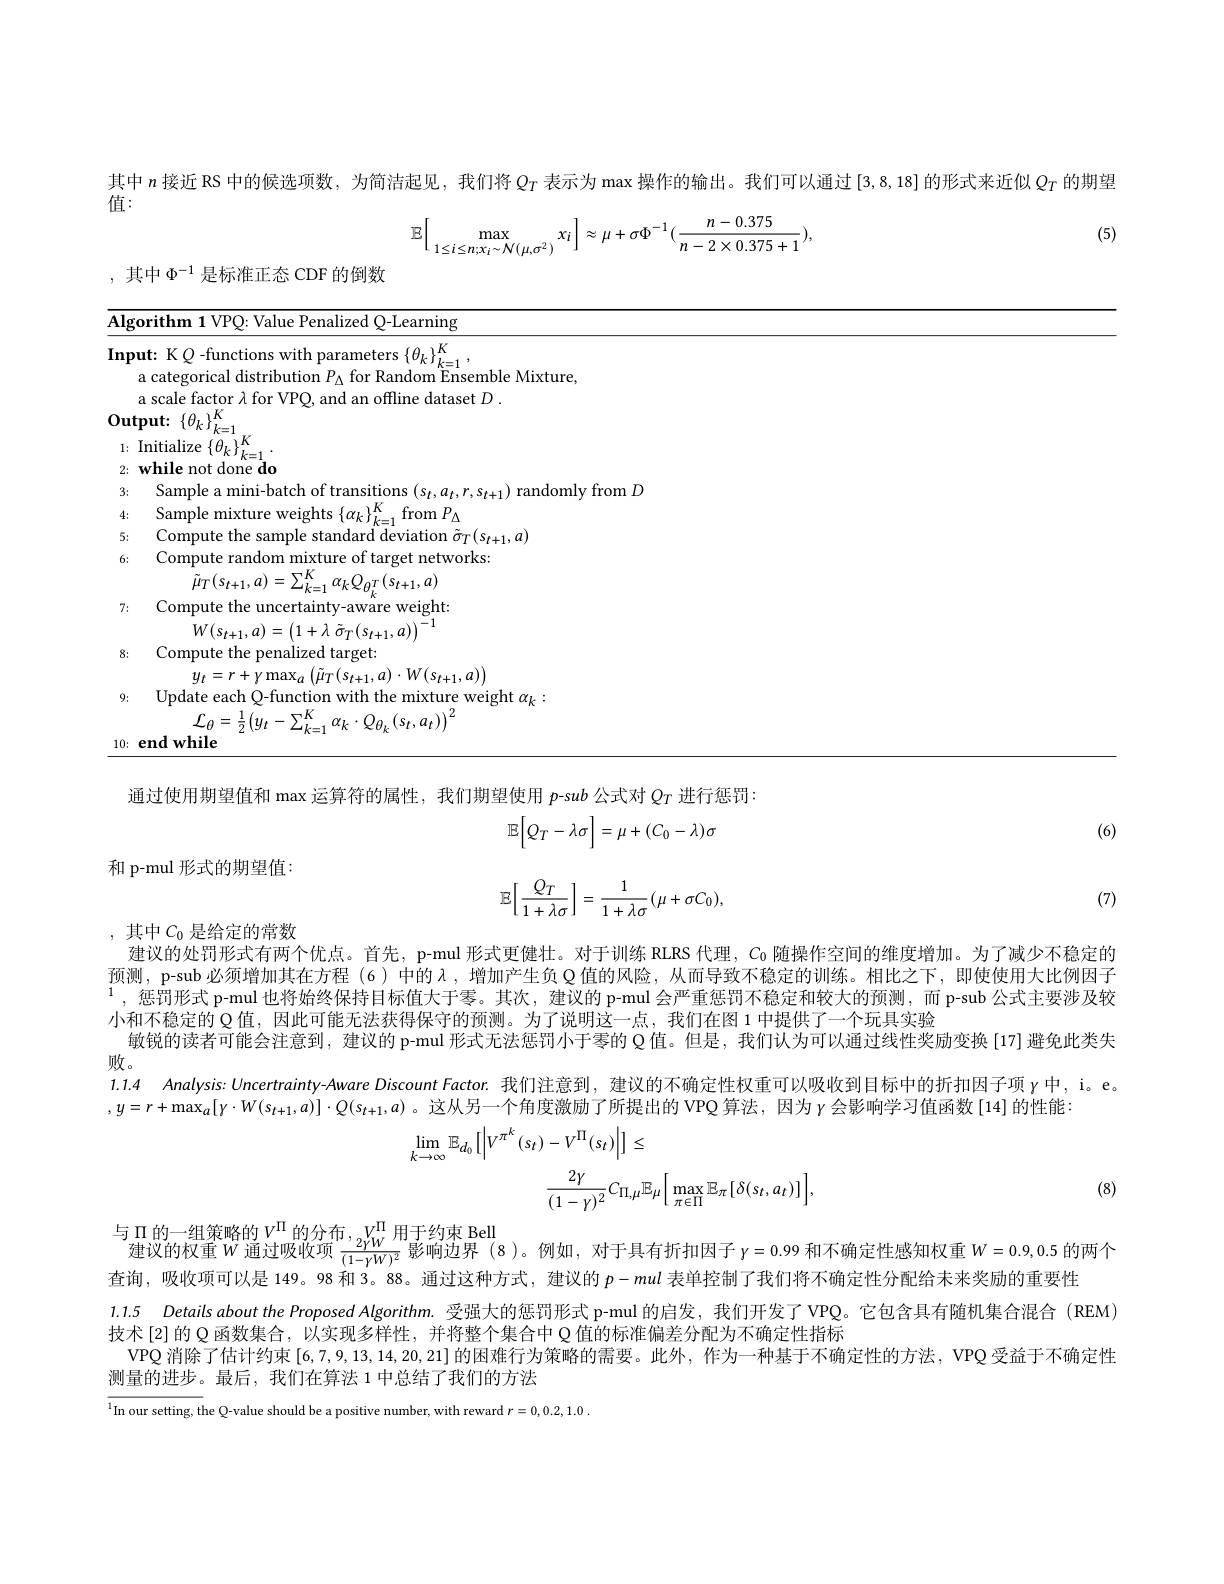
其中$n$接近 RS 中的候选项数，为简洁起见，我们将$Q_T$表示为 max 操作的输出。我们可以通过[3,8,18] 的形式来近似$Q_{T}$的期望

值：

(5)
$$\mathbb{E}\Big[\max_{1\leq i\leq n;x_i\sim\mathcal{N}(\mu,\sigma^2)}x_i\Big]\approx\mu+\sigma\Phi^{-1}(\frac{n-0.375}{n-2\times0.375+1}),$$
,其中$\Phi^{-1}$是标准正态 CDF 的倒数

<table>
	<tbody>
		<tr>
			<td>$\overline{\mathbf{Alg}}$</td>
			<td>$\mathbf{gorithm1VPQ:ValuePenalizedQ-Learning}$</td>
		</tr>
		<tr>
			<td>Inp</td>
			<td>$\mathbf{out:~KQ~-functions~with~parameters~}\{\theta_{k}\}_{k=}^{K}$ a scale factor $\lambda$ for VPQ, and an offline dataset $D.$ a categorical distribution $P_{\Delta}$ for Random Ensemble Mixture, ${}^{\dagger }k= 1$ , $(\hat{a})$</td>
		</tr>
		<tr>
			<td>VUL 1: 2;</td>
			<td>Initialize $\{\theta_k\}_{k=1}^K$ while</td>
		</tr>
		<tr>
			<td>4</td>
			<td> </td>
		</tr>
		<tr>
			<td>4; 5</td>
			<td>${\mathcal{N}}_{C}$ $mnuta+h$ $k=$</td>
		</tr>
		<tr>
			<td>6:</td>
			<td>Compute random mixture of target networks:</td>
		</tr>
		<tr>
			<td>7:</td>
			<td>Compute the uncertainty-aware weight: $s_{t+1},u$</td>
		</tr>
		<tr>
			<td>8:</td>
			<td>$W(s_{t+1},a)=\left(1+\lambda\:\tilde{\sigma}_{T}(s_{t+1},a)\right)$ Compute the penalized target:</td>
		</tr>
		<tr>
			<td>9:</td>
			<td>$y_{t}=r+\gamma\max_{a}\left(\tilde{\mu}_{T}(s_{t+1},a)\cdot W(s_{t+1},a)\right)$ Update each Q-function with the mixture weight $\alpha_k$</td>
		</tr>
		<tr>
			<td>10:</td>
			<td>${\mathcal L}_{\theta}=\frac{1}{2}\left(y_{t}-\sum_{k=1}^{K}\alpha_{k}\cdot Q_{\theta_{k}}\left(s_{t},a_{t}\right)\right)^{2}$ endwhile</td>
		</tr>
	</tbody>
</table>

通过使用期望值和 max 运算符的属性，我们期望使用$p$-sub 公式对$Q_T$进行惩罚
$$\mathbb{E}\Big[Q_T-\lambda\sigma\Big]=\mu+(C_0-\lambda)\sigma $$
(6)

和 p-mul 形式的期望值：
$$\mathbb{E}\Big[\frac{Q_T}{1+\lambda\sigma}\Big]=\frac{1}{1+\lambda\sigma}(\mu+\sigma C_0),$$
(7)

,其中$C_0$是给定的常数

建议的处罚形式有两个优点。首先，p-mul 形式更健壮。对于训练 RLRS 代理，$C_0$随操作空间的维度增加。为了减少不稳定的预测，p-sub 必须增加其在方程(6)中的$\lambda$,增加产生负 Q 值的风险，从而导致不稳定的训练。相比之下，即使使用大比例因子$^{1}$,惩罚形式 p-mul 也将始终保持目标值大于零。其次，建议的 p-mul 会严重惩罚不稳定和较大的预测，而 p-sub 公式主要涉及较小和不稳定的$\mathbb{Q}$值，因此可能无法获得保守的预测。为了说明这一点，我们在图 1 中提供了一个玩具实验
敏锐的读者可能会注意到，建议的 p-mul 形式无法惩罚小于零的 Q 值。但是，我们认为可以通过线性奖励变换 [17] 避免此类失
败。
1.1.4 Analysis: Uncertrainty-Aware Discount Factor. 我们注意到，建议的不确定性权重可以吸收到目标中的折扣因子项$\gamma$中，i。e。
$,y=r+\max_a[\gamma\cdot W(s_{t+1},a)]\cdot Q(s_{t+1},a)$ 。这从另一个角度激励了所提出的 VPQ 算法，因为 $\gamma$会影响学习值函数[14] 的性能：
$$\begin{aligned}\operatorname*{lim}_{k\to\infty}\mathbb{E}_{d_{0}}[\left|V^{\pi^{k}}(s_{t})-V^{\Pi}(s_{t})\right|]&\leq\\&\frac{2\gamma}{(1-\gamma)^{2}}C_{\Pi,\mu}\mathbb{E}_{\mu}\Big[\max_{\pi\in\Pi}\mathbb{E}_{\pi}[\delta(s_{t},a_{t})]\Big],\end{aligned}$$
(8)

与$\Pi$的一组策略的$V^\Pi$的分布$,V_{2vW}^\Pi$用于约束 Bell
建议的权重$W$通过吸收项$\frac2\dot{\gamma}_W^{\prime\prime}$影响边界(8)。例如，对于具有折扣因子$\gamma=0.99$ 和不确定性感知权重$W=0.9,0.5$ 的两个定治一四此便可以目146 $o$ STon Sitintin Sintin $a_{1}=a_{2}$ Sinintin $a_{2}=a_{2}$
查询，吸收项可以是 149。98 和 3。88。通过这种方式，建议的$p-mul$表单控制了我们将不确定性分配给未来奖励的重要性
1.1.5 Details about the Proposed Algorithm.受强大的惩罚形式 p-mul 的启发，我们开发了 VPQ。它包含具有随机集合混合 (REM)
技术[2]的Q 函数集合，以实现多样性，并将整个集合中 Q 值的标准偏差分配为不确定性指标
VPQ 消除了估计约束[6,7,9,13,14,20,21]的困难行为策略的需要。此外，作为一种基于不确定性的方法，VPQ 受益于不确定性
测量的进步。最后，我们在算法 1 中总结了我们的方法
$^{1}$In our setting, the Q-value should be a positive number, with reward $r=0,0.2,1.0$